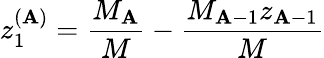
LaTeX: z_{1}^{(\mathbf{A})}=\frac{{M_{\mathbf{A}}}}{{M}}-\frac{{M_{\mathbf{A}-1}z_{\mathbf{A}-1}}}{{M}}